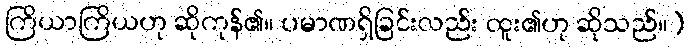
ကြိယာကြိယဟု ဆိုကုန်၏။ ပမာဏရှိခြင်းလည်း ထူး၏ဟု ဆိုသည်။)